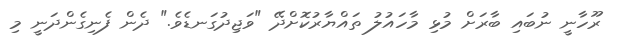
ރޫހާނީ ނުބައި ބާރަށް މުޅި މާހައުލު ތައްޔާރުކޮށްދޭ "ވަޖިދުގަނޑެވެ." ދެން ފެނިގެންދަނީ މި